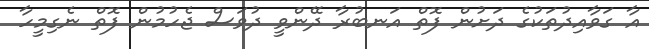
އާ ގަވާއިދުތަކުގެ ދަށުން ފޮތް އަނބުރާ ދޭންވީ ދުވަސް ޖެހުމުން ފޮތް ނެގިމީހާ